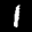
Label: 1